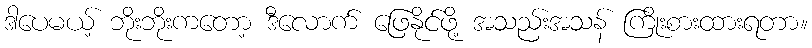
ဒါပေမယ့် ဘိုးဘိုးကတော့ ဒီလောက် ဖြေနိုင်ဖို့ အသည်းအသန် ကြိုးစားထားရတာ။